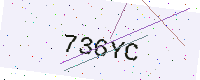
Text: 736YC